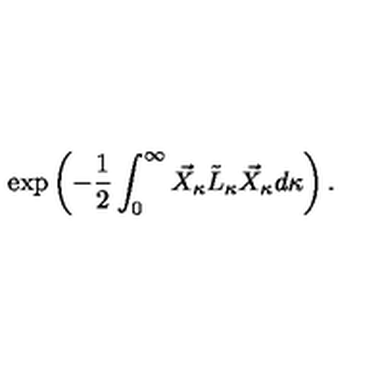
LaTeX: \exp \left( - \frac { 1 } { 2 } \int _ { 0 } ^ { \infty } \vec { X } _ { \kappa } \tilde { L } _ { \kappa } \vec { X } _ { \kappa } d \kappa \right) .